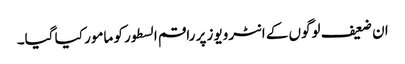
ان ضعیف لوگوں کے انٹرویوز پر راقم السطور کو مامور کیا گیا۔